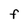
Character: f